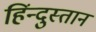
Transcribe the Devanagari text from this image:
हिंन्दुस्तान